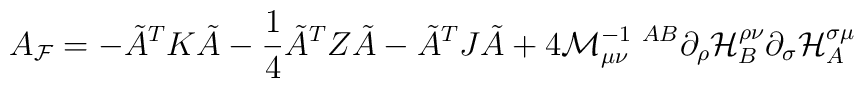
A_{\cal F}=-\tilde{A}^TK\tilde{A}-\frac{1}{4}\tilde{A}^TZ\tilde{A}- \tilde{A}^TJ\tilde{A}+4{\cal M}^{-1\ AB}_{\mu\nu}\partial_\rho {\cal H}_B^{\rho\nu} \partial_\sigma {\cal H}_A^{\sigma\mu}